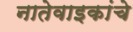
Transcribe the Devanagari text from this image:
नातेवाइकांचे